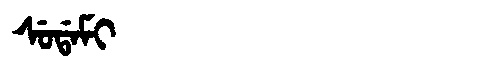
Manchu: ᠰᡠᡩᠠᠮᡳ
Romanization: SUDAMI